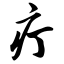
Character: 疔